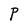
Character: P